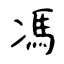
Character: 馮